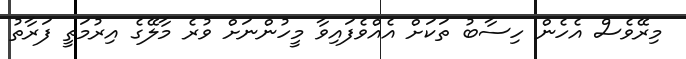
މިރޭވެސް އެހެން ހިސާބު ތަކަށް އެއްވެފައިވާ މީހުންނަށް ވުރެ މާލޭގެ އިރުމަތީ ފަރާތު